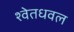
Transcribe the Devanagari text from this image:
श्वेतधवल